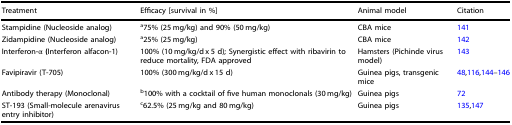
| Treatment | Efficacy [survival in %] | Animal model | Citation |
 | --- | --- | --- | --- |
 | Stampidine (Nucleoside analog) | a75% (25 mg/kg) and 90% (50 mg/kg) | CBA mice | 141 |
 | Zidampidine (Nucleoside analog) | a25% (25 mg/kg) | CBA mice | 142 |
 | Interferon-α (Interferon alfacon-1) | 100% (10 mg/kg/d x 5 d); Synergistic effect with ribavirin to reduce mortality, FDA approved | Hamsters (Pichinde virus model) | 143 |
 | Favipiravir (T-705) | 100% (300 mg/kg/d x 15 d) | Guinea pigs, transgenic mice | 48,116,144–146 |
 | Antibody therapy (Monoclonal) | b100% with a cocktail of five human monoclonals (30 mg/kg) | Guinea pigs | 72 |
 | ST-193 (Small-molecule arenavirus entry inhibitor) | c62.5% (25 mg/kg and 80 mg/kg) | Guinea pigs | 135,147 |